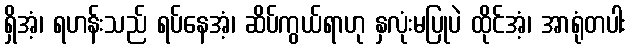
ရှိအံ့၊ ရဟန်းသည် ရပ်နေအံ့၊ ဆိပ်ကွယ်ရာဟု နှလုံးမပြုပဲ ထိုင်အံ့၊ အာရုံတပါး